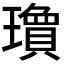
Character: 𬎘